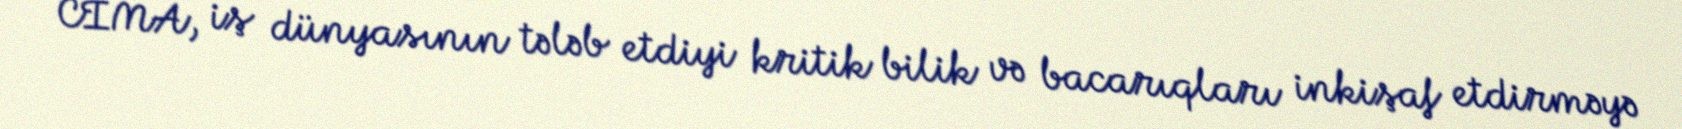
CIMA, iş dünyasının tələb etdiyi kritik bilik və bacarıqları inkişaf etdirməyə